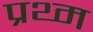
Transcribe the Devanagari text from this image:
प्रथ्म